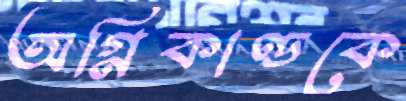
অগ্নিকাণ্ডকে